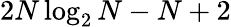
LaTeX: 2N\log_{2}N-N+2